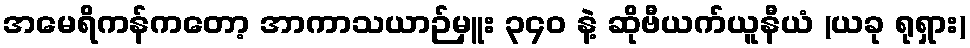
အမေရိကန်ကတော့ အာကာသယာဉ်မှူး ၃၄၀ နဲ့ ဆိုဗီယက်ယူနီယံ (ယခု ရုရှား)